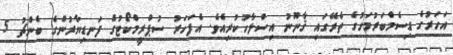
އަހަރުގެ ޑިސެމްބަރުމަހުގެ ތެރޭގައި ޤާނޫނު އިސްލާހުކުރިއެވެ. އެފަހަރު ސުޕްރީމްކޯޓުގެ ފަނޑިޔާރުންގެ ބެންޗު 5